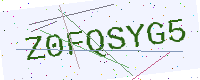
Text: Z0FQSYG5